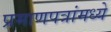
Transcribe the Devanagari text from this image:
प्रमाणपत्रांमध्ये